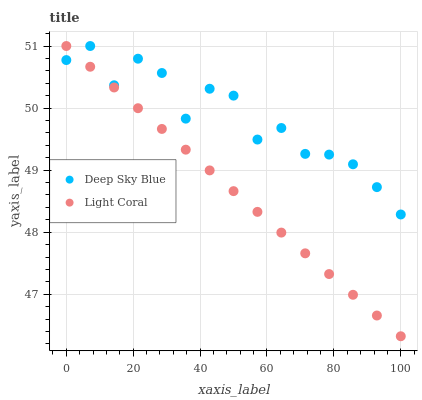
| xaxis_label | Deep Sky Blue | Light Coral |
 | --- | --- | --- |
 | 0 | 50.8 | 51 |
 | 7.14 | 51 | 50.7 |
 | 14.3 | 50.4 | 50.3 |
 | 21.4 | 50.8 | 50 |
 | 28.6 | 50.6 | 49.7 |
 | 35.7 | 49.8 | 49.3 |
 | 42.9 | 50.3 | 49 |
 | 50 | 50.2 | 48.7 |
 | 57.1 | 49.5 | 48.3 |
 | 64.3 | 49.7 | 48 |
 | 71.4 | 49.3 | 47.7 |
 | 78.6 | 49.3 | 47.3 |
 | 85.7 | 49.1 | 47 |
 | 92.9 | 48.7 | 46.7 |
 | 100 | 48.3 | 46.3 |